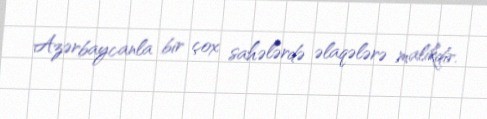
Azərbaycanla bir çox sahələrdə əlaqələrə malikdir.